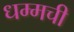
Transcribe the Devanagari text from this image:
धम्मची